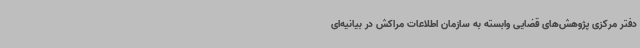
دفتر مرکزی پژوهش‌های قضایی وابسته به سازمان اطلاعات مراکش در بیانیه‌ای